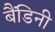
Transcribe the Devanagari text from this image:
बैंडिनी